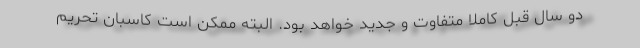
دو سال قبل کاملا متفاوت و جدید خواهد بود. البته ممکن است کاسبان تحریم